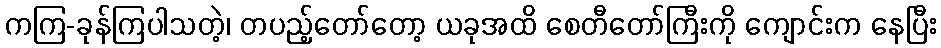
ကကြ-ခုန်ကြပါသတဲ့၊ တပည့်တော်တော့ ယခုအထိ စေတီတော်ကြီးကို ကျောင်းက နေပြီး